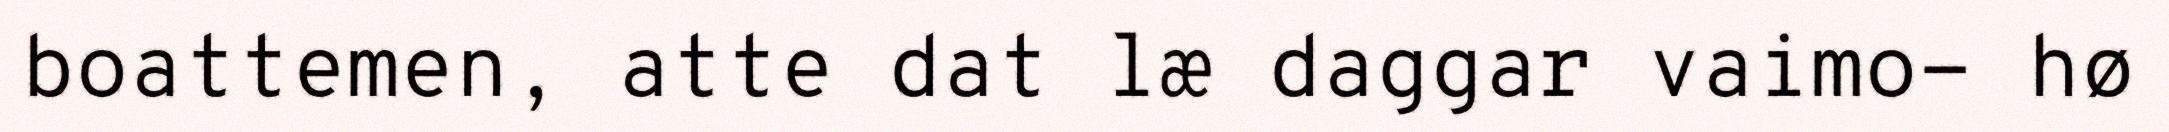
boattemen, atte dat læ daggar vaimo- hø